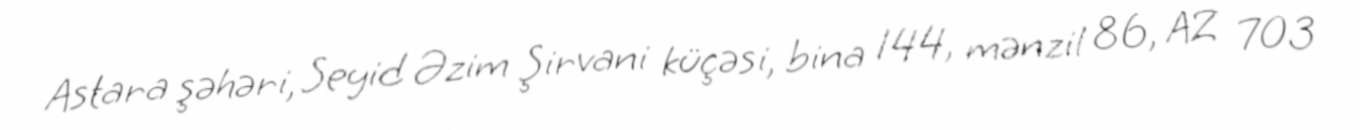
Astara şəhəri, Seyid Əzim Şirvani küçəsi, bina 144, mənzil 86, AZ 703